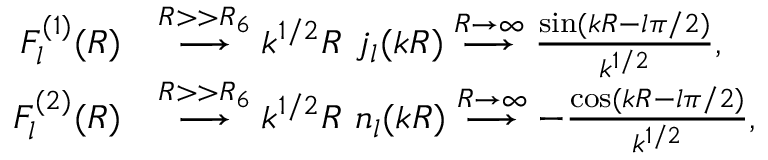
\begin{array} { r l } { F _ { l } ^ { ( 1 ) } ( R ) } & { \stackrel { R > > R _ { 6 } } { \longrightarrow } k ^ { 1 / 2 } R \, \, j _ { l } ( k R ) \stackrel { R \to \infty } { \longrightarrow } \frac { \sin ( k R - l \pi / 2 ) } { k ^ { 1 / 2 } } , } \\ { F _ { l } ^ { ( 2 ) } ( R ) } & { \stackrel { R > > R _ { 6 } } { \longrightarrow } k ^ { 1 / 2 } R \, \, n _ { l } ( k R ) \stackrel { R \to \infty } { \longrightarrow } - \frac { \cos ( k R - l \pi / 2 ) } { k ^ { 1 / 2 } } , } \end{array}